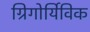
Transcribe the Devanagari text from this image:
ग्रिगोर्यिविक